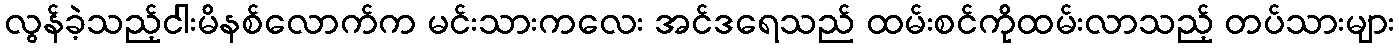
လွန်ခဲ့သည့်ငါးမိနစ်လောက်က မင်းသားကလေး အင်ဒရေသည် ထမ်းစင်ကိုထမ်းလာသည့် တပ်သားများ